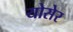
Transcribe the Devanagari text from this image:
योसेर